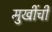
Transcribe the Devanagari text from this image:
मुखींची